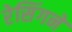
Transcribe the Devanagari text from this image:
रेसिंगने